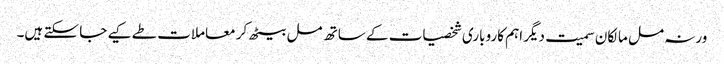
ورنہ مل مالکان سمیت دیگر اہم کاروباری شخصیات کے ساتھ مل بیٹھ کر معاملات طے کیے جا سکتے ہیں۔